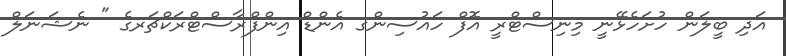
އަދި ބީލަން ހުށަހެޅޭނީ މިނިސްޓްރީ އޮފް ހައުސިންގ އެންޑް އިންފްރާސްޓްރަކްޗަރގެ " ނެޝަނަލް